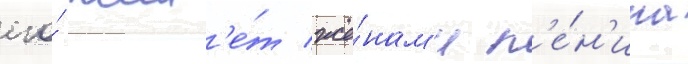
его́ жил'е́т жё́нам'и л'е́н'ина